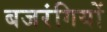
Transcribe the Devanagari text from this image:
बजरंगियों